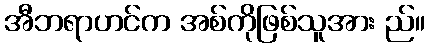
အီဘရာဟင်က အစ်ကိုဖြစ်သူအား ည်။